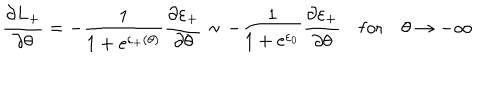
\frac { \partial L _ { + } } { \partial \theta } = - \frac { 1 } { 1 + \mathrm { e } ^ { \varepsilon _ { + } ( \theta ) } } \frac { \partial \varepsilon _ { + } } { \partial \theta } \sim - \frac { 1 } { 1 + \mathrm { e } ^ { \varepsilon _ { 0 } } } \frac { \partial \varepsilon _ { + } } { \partial \theta } \quad \mathrm { f o r } \quad \theta \rightarrow - \infty